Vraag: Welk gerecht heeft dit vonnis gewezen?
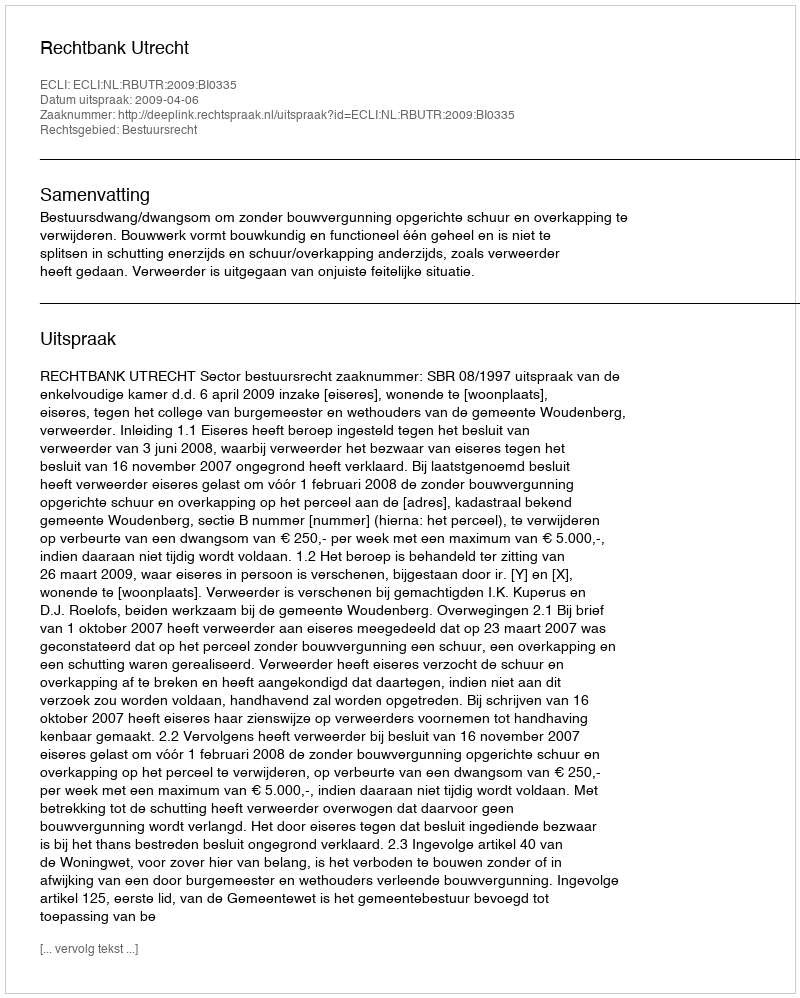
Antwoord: Rechtbank Utrecht